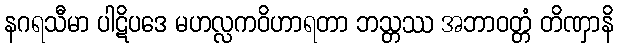
နဂရသီမာ ပါဋိပဒေ မဟလ္လကဝိဟာရတာ ဘသ္တဿ အဘာဝတ္တံ တိဏှာနိ